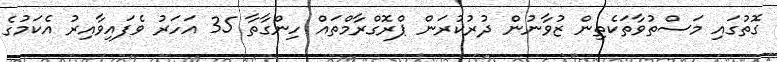
ގޮތުގައި މަސްތުވާތަކެތިން ޒުވާނުން ދުރުކުރަން ޕްރޮގްރާމްތައް ހިންގާތާ 35 އަހަރު ވެފައިވާއިރު އެކަމުގެ